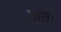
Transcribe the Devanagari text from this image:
बातः